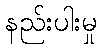
နည်းပါးမှု